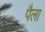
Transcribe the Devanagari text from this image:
पैला